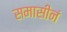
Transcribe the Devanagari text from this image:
समासीनं